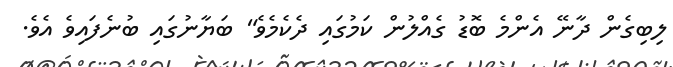
ލިބިގެން ދާނޭ އެންމެ ބޮޑު ގެއްލުން ކަމުގައި ދެކެމެވެ" ބަޔާނުގައި ބުނެފައިވެ އެވެ.